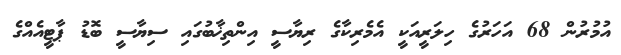
އުމުރުން 68 އަހަރުގެ ހިލަރީއަކީ އެމެރިކާގެ ރިޔާސީ އިންތިޚާބުގައި ސިޔާސީ ބޮޑު ޕާޓީއެއްގެ